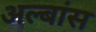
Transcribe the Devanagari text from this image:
अल्बांस